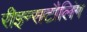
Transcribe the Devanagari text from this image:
रीइन्सटौलिंग